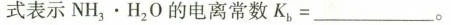
式表示NH_{3}·H_{2}O的电离常数K_{b}=___。